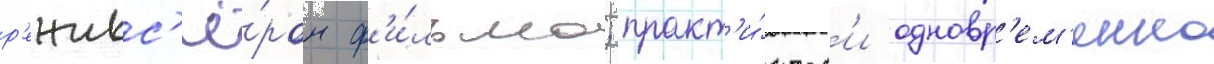
р'ежисс'ё́ром ф'и́льма; практ'и́ческ'и одновр'ем'енно